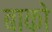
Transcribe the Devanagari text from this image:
बाको